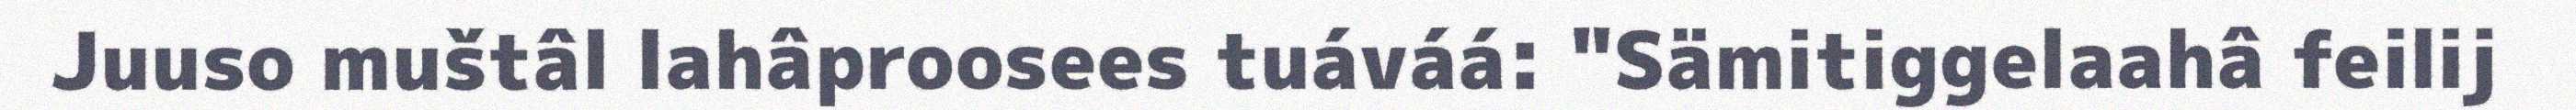
Juuso muštâl lahâproosees tuáváá: "Sämitiggelaahâ feilij